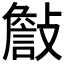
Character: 𣀁